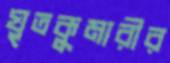
ঘৃতকুমারীর